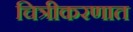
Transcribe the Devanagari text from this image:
चित्रीकरणात